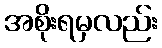
အစိုးရမှလည်း